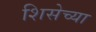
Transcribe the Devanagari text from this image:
शिसेच्या